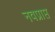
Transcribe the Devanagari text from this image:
नवप्राप्त